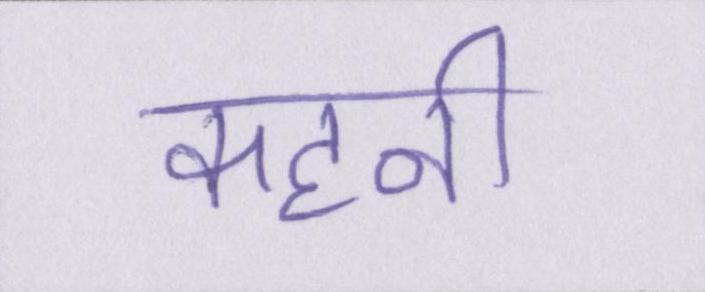
कहनी